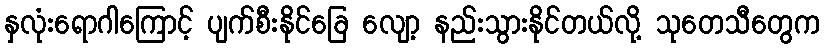
နှလုံးရောဂါကြောင့် ပျက်စီးနိုင်ခြေ လျော့ နည်းသွားနိုင်တယ်လို့ သုတေသီတွေက